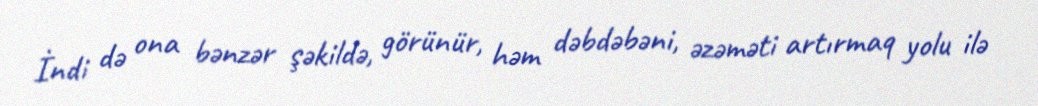
İndi də ona bənzər şəkildə, görünür, həm dəbdəbəni, əzəməti artırmaq yolu ilə